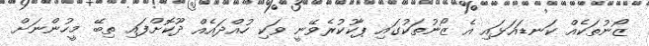
ޒޯނުތަކެއް ކަނޑައަޅައި އެ ޒޯނުތަކުގައި ޕާކުކުރެވޭނީ ވަކި ހުއްދައެއް ދޫކޮށްފައި ތިބޭ މީހުންނަށް